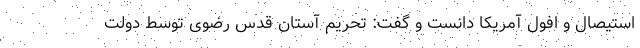
استیصال و افول آمریکا دانست و گفت: تحریم آستان قدس رضوی توسط دولت